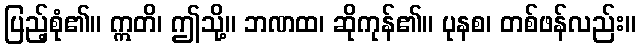
ပြည့်စုံ၏။ ဣတိ၊ ဤသို့။ ဘဏထ၊ ဆိုကုန်၏။ ပုနစ၊ တစ်ဖန်လည်း။